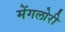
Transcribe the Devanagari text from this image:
मेंगलोरी